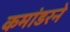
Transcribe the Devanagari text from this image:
कमांडरने